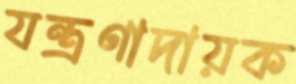
যন্ত্রণাদায়ক